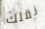
نقلك